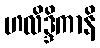
ဟလိဒ္ဒိကာနိ